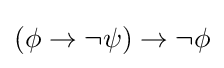
(\phi \to \neg \psi )\to \neg \phi